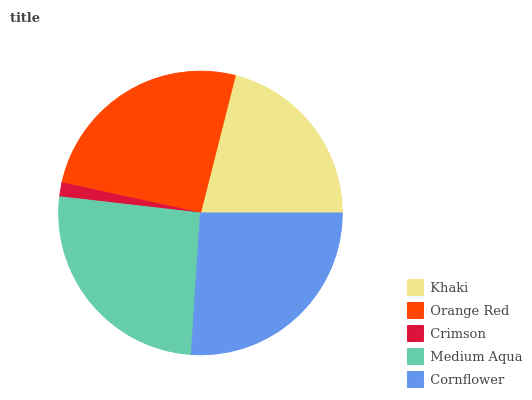
| Khaki | Orange Red | Crimson | Medium Aqua | Cornflower |
 | --- | --- | --- | --- | --- |
 | 21% | 25.5% | 1.59% | 25.8% | 26.1% |